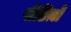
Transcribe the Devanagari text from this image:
पीढिय़ो